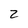
Character: 2